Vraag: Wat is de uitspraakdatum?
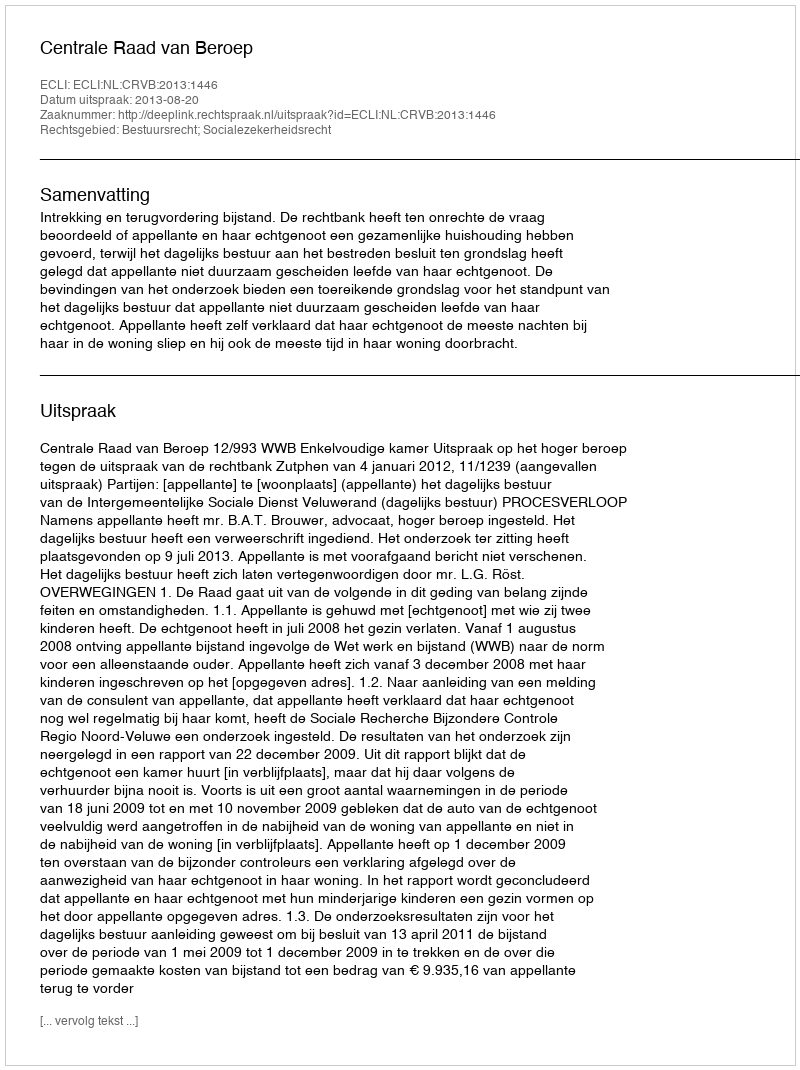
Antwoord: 2013-08-20